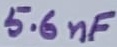
Text: 5.6nF